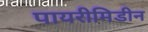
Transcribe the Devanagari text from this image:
पायरीमिडीन